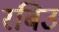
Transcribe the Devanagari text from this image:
रबिउ